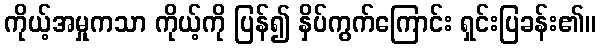
ကိုယ့်အမှုကသာ ကိုယ့်ကို ပြန်၍ နှိပ်ကွက်ကြောင်း ရှင်းပြခန်း၏။